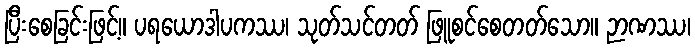
ပြီးစေခြင်းဖြင့်။ ပရယောဒါပကဿ၊ သုတ်သင်တတ် ဖြူစင်စေတတ်သော။ ဉာဏဿ၊